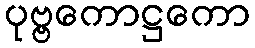
ပုဗ္ဗကောဋ္ဌကော